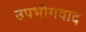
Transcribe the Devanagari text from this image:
उपभोगवाद